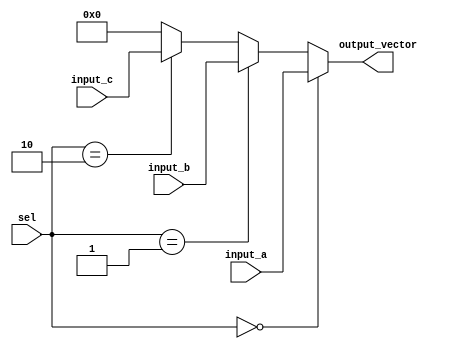
module vector_continuous_assignment #(parameter N = 8) (
    input  wire [N-1:0] input_a,      // Input vector A
    input  wire [N-1:0] input_b,      // Input vector B
    input  wire [N-1:0] input_c,      // Input vector C
    input  wire [1:0]   sel,          // Selection signal for multiplexing
    output wire [N-1:0] output_vector  // Output vector
);

// Continuous assignment based on the selection signal
assign output_vector = (sel == 2'b00) ? input_a :
                       (sel == 2'b01) ? input_b :
                       (sel == 2'b10) ? input_c :
                       {N{1'b0}}; // Default case - zero vector

endmodule